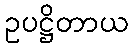
ဥပဋ္ဌိတာယ